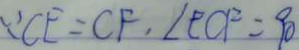
\because C E = C F , \angle E C F = 9 0